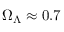
\Omega _ { \Lambda } \approx 0 . 7